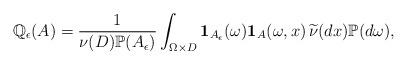
LaTeX: \begin{align*}\mathbb{Q}_\epsilon(A)=\frac{1}{\nu(D)\mathbb{P}(A_\epsilon)}\int_{\Omega\times D} \mathbf{1}_{A_\epsilon}(\omega)\mathbf{1}_A(\omega,x) \, \widetilde{\nu}(dx) \mathbb{P}(d\omega),\end{align*}